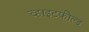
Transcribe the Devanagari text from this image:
व्हाइटफ़ील्ड